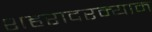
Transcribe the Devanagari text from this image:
शहरादरम्यान